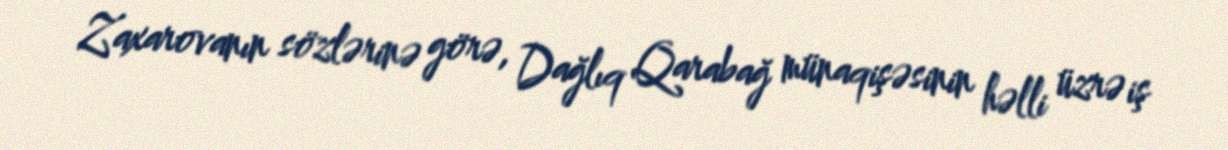
Zaxarovanın sözlərinə görə, Dağlıq Qarabağ münaqişəsinin həlli üzrə iş